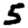
Digit: 5